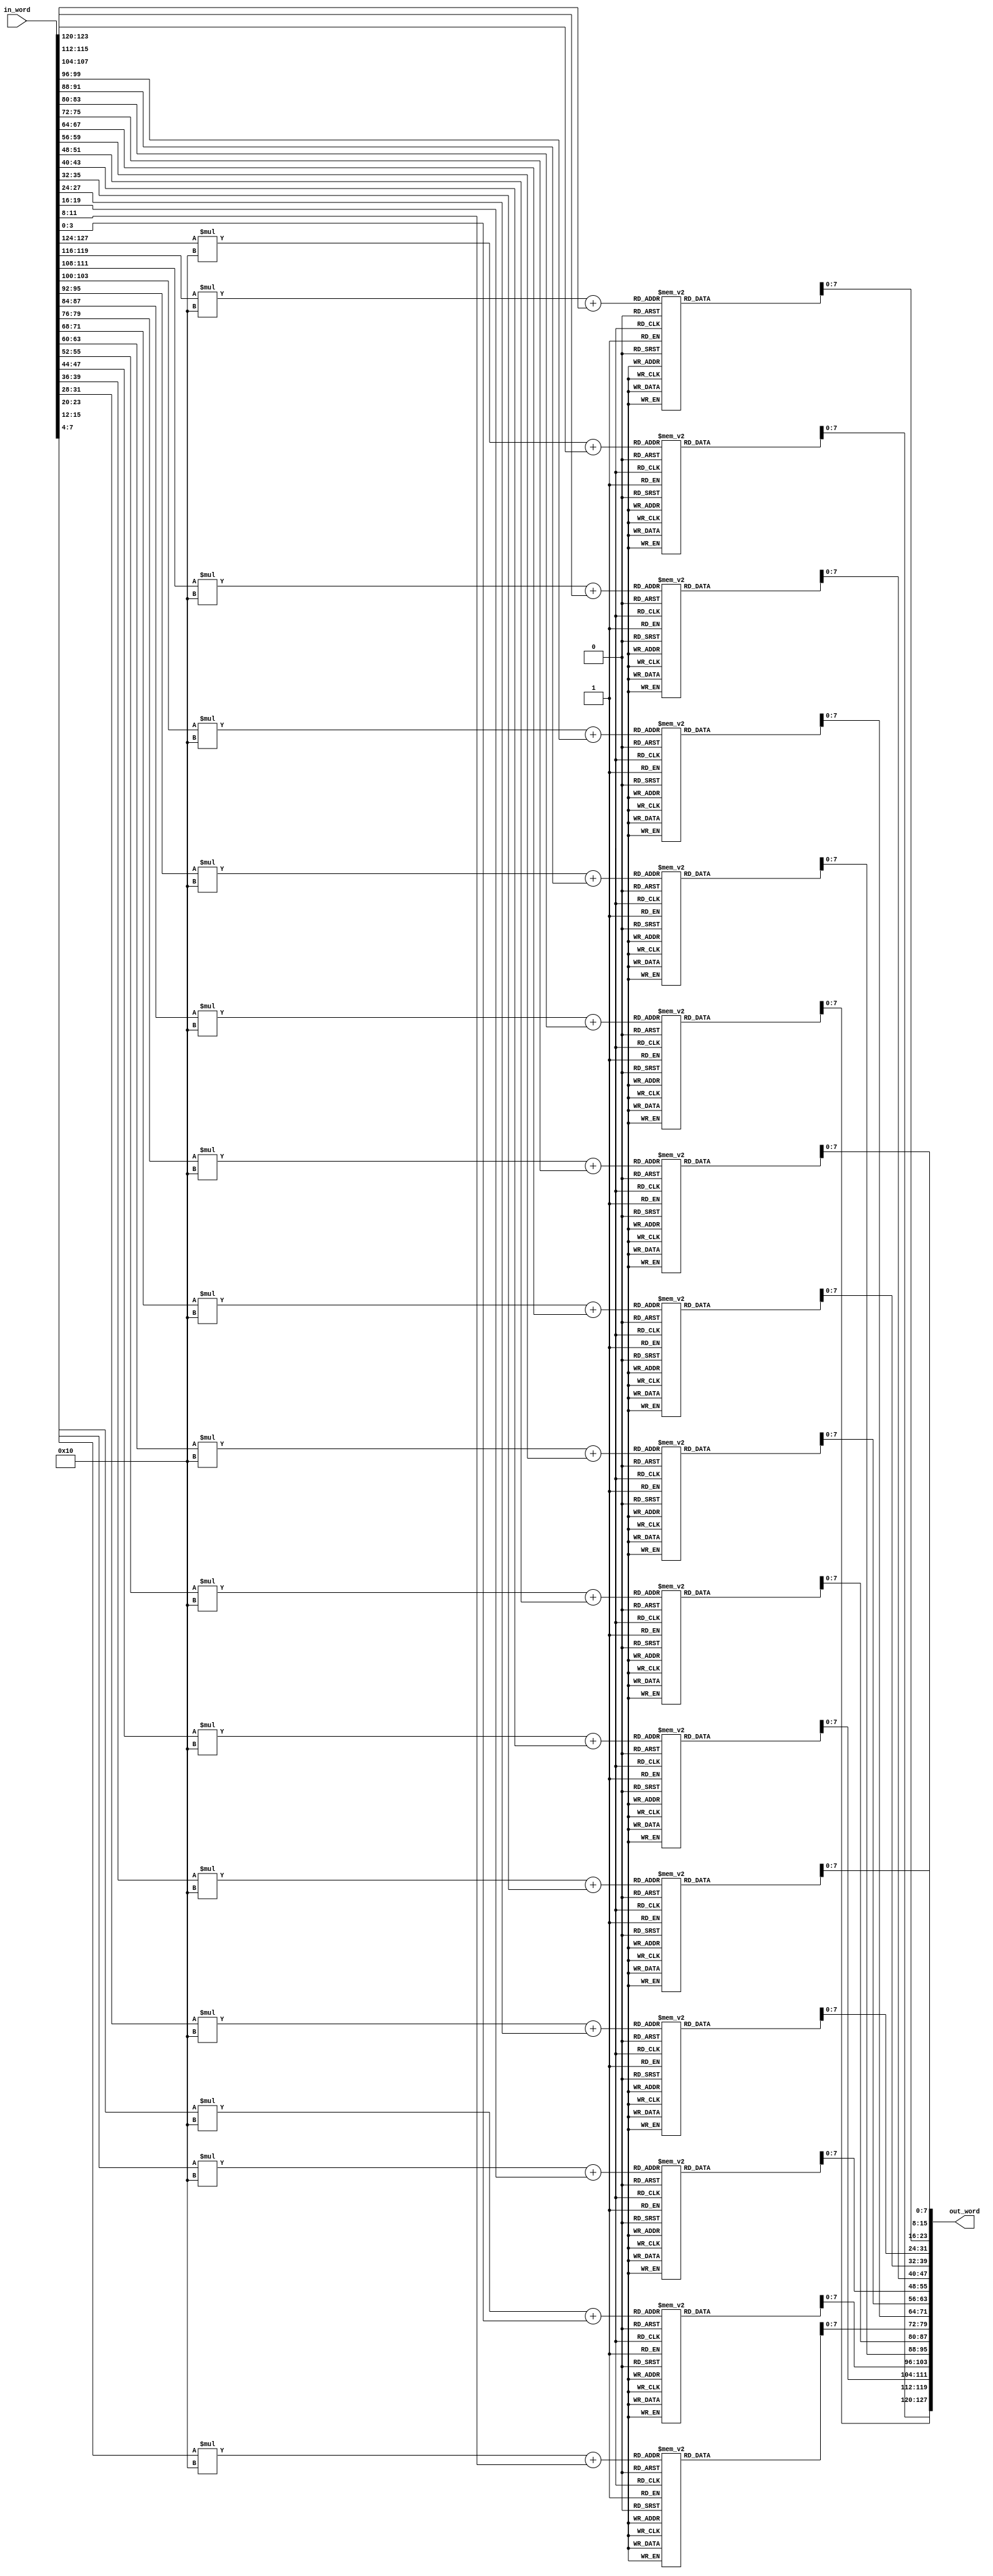
module SubBytes_plus_ShiftRows #(	parameter NK__KEY_LENGTH		  =	 8 ,
		       			parameter NR__ROUNDS		  	  =	14 ,
	       	       			parameter NB__BLOCK_LENGTH_IN_TEXT 	  =	 4	 ) 	(

					in_word	,	
					out_word
													);

//Ports Declared to be set here 
input  wire [(NB__BLOCK_LENGTH_IN_TEXT*NK__KEY_LENGTH*4)-1:0] in_word	;
output wire [(NB__BLOCK_LENGTH_IN_TEXT*NK__KEY_LENGTH*4)-1:0] out_word	;

//Internal nets declare here 

//Functionality starts here 

assign out_word = ShiftRow(SubByte(in_word)) ; 

//Functions defined here 

function automatic [(NB__BLOCK_LENGTH_IN_TEXT*NK__KEY_LENGTH*4)-1 : 0] SubByte(input reg [(NB__BLOCK_LENGTH_IN_TEXT*NK__KEY_LENGTH*4)-1 : 0] in_temp_SubByte);
begin:SubByte_blk
	reg [(NK__KEY_LENGTH*4)-1 : 0] 	word_1,word_2,word_3,word_4 ;
	reg [(NK__KEY_LENGTH*4)-1 : 0] 	sub_word_1,sub_word_2,sub_word_3,sub_word_4 ;

	word_1 = in_temp_SubByte[((NB__BLOCK_LENGTH_IN_TEXT*NK__KEY_LENGTH*4)-1    ) -: 32]; 
	word_2 = in_temp_SubByte[((NB__BLOCK_LENGTH_IN_TEXT*NK__KEY_LENGTH*4)-1 -32) -: 32]; 
	word_3 = in_temp_SubByte[((NB__BLOCK_LENGTH_IN_TEXT*NK__KEY_LENGTH*4)-1 -64) -: 32]; 
	word_4 = in_temp_SubByte[((NB__BLOCK_LENGTH_IN_TEXT*NK__KEY_LENGTH*4)-1 -96) -: 32]; 
	
	sub_word_1  =  SubWord(word_1);
	sub_word_2  =  SubWord(word_2);
	sub_word_3  =  SubWord(word_3);
	sub_word_4  =  SubWord(word_4);
	
	SubByte  =  {sub_word_1,sub_word_2,sub_word_3,sub_word_4};
		
end:SubByte_blk
endfunction

//            127..    95..     63..     31..
//SBox  -->   63cab704 0953d051 cd60e0e7 ba70e18c
//ShRow -->   6353e08c 0960e104 cd70b751 bacad0e7
//MxCol -->   5f726415 57f5bc92 f7be3b29 1db9f91a


function automatic [(NB__BLOCK_LENGTH_IN_TEXT*NK__KEY_LENGTH*4)-1 : 0] ShiftRow (input reg [(NB__BLOCK_LENGTH_IN_TEXT*NK__KEY_LENGTH*4)-1 : 0] in_temp_ShiftRow);
begin
	ShiftRow = {	
			in_temp_ShiftRow[127:120]	,
			in_temp_ShiftRow[87:80] 	,
			in_temp_ShiftRow[47:40]		,
			in_temp_ShiftRow[7:0]		,		
			in_temp_ShiftRow[95:88]		,
			in_temp_ShiftRow[55:48]		,
			in_temp_ShiftRow[15:8]		,
			in_temp_ShiftRow[103:96]	,		
			in_temp_ShiftRow[63:56]		,
			in_temp_ShiftRow[23:16]		,
			in_temp_ShiftRow[111:104]	,
			in_temp_ShiftRow[71:64]		,		
			in_temp_ShiftRow[31:24]		,
			in_temp_ShiftRow[119:112]	,
			in_temp_ShiftRow[79:72]		,
			in_temp_ShiftRow[39:32]				
								};

end
endfunction


function automatic [(NK__KEY_LENGTH*4)-1 : 0] SubWord(input reg [(NK__KEY_LENGTH*4)-1 : 0] in_temp_SubWord);
begin:SubWord_blk
	reg [7:0] s_boxed_value_first_byte,s_boxed_value_second_byte,s_boxed_value_third_byte,s_boxed_value_fourth_byte ;	
	reg [15:0] i , j ;
	reg [(NK__KEY_LENGTH*4)-1 : 0 ] s_box_lut [(NB__BLOCK_LENGTH_IN_TEXT*4)-1 : 0][(NB__BLOCK_LENGTH_IN_TEXT*4)-1 : 0];
																				
	s_box_lut   [0][0]   =  8'h63 ;	
	s_box_lut   [0][1]   =  8'h7c ; 	
	s_box_lut   [0][2]   =  8'h77 ; 	
	s_box_lut   [0][3]   =  8'h7b ; 	
	s_box_lut   [0][4]   =  8'hf2 ; 	
	s_box_lut   [0][5]   =  8'h6b ; 	
	s_box_lut   [0][6]   =  8'h6f ; 	
	s_box_lut   [0][7]   =  8'hc5 ; 	
	s_box_lut   [0][8]   =  8'h30 ; 	
	s_box_lut   [0][9]   =  8'h01 ; 	
	s_box_lut   [0][10]  =  8'h67 ; 	
	s_box_lut   [0][11]  =  8'h2b ; 	
	s_box_lut   [0][12]  =  8'hfe ; 	
	s_box_lut   [0][13]  =  8'hd7 ; 	
	s_box_lut   [0][14]  =  8'hab ; 	
	s_box_lut   [0][15]  =  8'h76 ; 	
	s_box_lut   [1][0]   =  8'hca ;	
	s_box_lut   [1][1]   =  8'h82 ; 	
	s_box_lut   [1][2]   =  8'hc9 ; 	
	s_box_lut   [1][3]   =  8'h7d ; 	
	s_box_lut   [1][4]   =  8'hfa ; 	
	s_box_lut   [1][5]   =  8'h59 ; 	
	s_box_lut   [1][6]   =  8'h47 ; 	
	s_box_lut   [1][7]   =  8'hf0 ; 	
	s_box_lut   [1][8]   =  8'had ; 	
	s_box_lut   [1][9]   =  8'hd4 ; 	
	s_box_lut   [1][10]  =  8'ha2 ; 	
	s_box_lut   [1][11]  =  8'haf ; 	
	s_box_lut   [1][12]  =  8'h9c ; 	
	s_box_lut   [1][13]  =  8'ha4 ; 	
	s_box_lut   [1][14]  =  8'h72 ; 	
	s_box_lut   [1][15]  =  8'hc0 ; 	
	s_box_lut   [2][0]   =  8'hb7 ;	
	s_box_lut   [2][1]   =  8'hfd ; 	
	s_box_lut   [2][2]   =  8'h93 ; 	
	s_box_lut   [2][3]   =  8'h26 ; 	
	s_box_lut   [2][4]   =  8'h36 ; 	
	s_box_lut   [2][5]   =  8'h3f ; 	
	s_box_lut   [2][6]   =  8'hf7 ; 	
	s_box_lut   [2][7]   =  8'hcc ; 	
	s_box_lut   [2][8]   =  8'h34 ; 	
	s_box_lut   [2][9]   =  8'ha5 ; 	
	s_box_lut   [2][10]  =  8'he5 ; 	
	s_box_lut   [2][11]  =  8'hf1 ; 	
	s_box_lut   [2][12]  =  8'h71 ; 	
	s_box_lut   [2][13]  =  8'hd8 ; 	
	s_box_lut   [2][14]  =  8'h31 ; 	
	s_box_lut   [2][15]  =  8'h15 ; 	
	s_box_lut   [3][0]   =  8'h04 ;	
	s_box_lut   [3][1]   =  8'hc7 ; 	
	s_box_lut   [3][2]   =  8'h23 ; 	
	s_box_lut   [3][3]   =  8'hc3 ; 	
	s_box_lut   [3][4]   =  8'h18 ; 	
	s_box_lut   [3][5]   =  8'h96 ; 	
	s_box_lut   [3][6]   =  8'h05 ; 	
	s_box_lut   [3][7]   =  8'h9a ; 	
	s_box_lut   [3][8]   =  8'h07 ; 	
	s_box_lut   [3][9]   =  8'h12 ; 	
	s_box_lut   [3][10]  =  8'h80 ; 	
	s_box_lut   [3][11]  =  8'he2 ; 	
	s_box_lut   [3][12]  =  8'heb ; 	
	s_box_lut   [3][13]  =  8'h27 ; 	
	s_box_lut   [3][14]  =  8'hb2 ; 	
	s_box_lut   [3][15]  =  8'h75 ; 	
	s_box_lut   [4][0]   =  8'h09 ;	
	s_box_lut   [4][1]   =  8'h83 ; 	
	s_box_lut   [4][2]   =  8'h2c ; 	
	s_box_lut   [4][3]   =  8'h1a ; 	
	s_box_lut   [4][4]   =  8'h1b ; 	
	s_box_lut   [4][5]   =  8'h6e ; 	
	s_box_lut   [4][6]   =  8'h5a ; 	
	s_box_lut   [4][7]   =  8'ha0 ; 	
	s_box_lut   [4][8]   =  8'h52 ; 	
	s_box_lut   [4][9]   =  8'h3b ; 	
	s_box_lut   [4][10]  =  8'hd6 ; 	
	s_box_lut   [4][11]  =  8'hb3 ; 	
	s_box_lut   [4][12]  =  8'h29 ; 	
	s_box_lut   [4][13]  =  8'he3 ; 	
	s_box_lut   [4][14]  =  8'h2f ; 	
	s_box_lut   [4][15]  =  8'h84 ; 	
	s_box_lut   [5][0]   =  8'h53 ;	
	s_box_lut   [5][1]   =  8'hd1 ;	
	s_box_lut   [5][2]   =  8'h00 ; 	
	s_box_lut   [5][3]   =  8'hed ; 	
	s_box_lut   [5][4]   =  8'h20 ; 	
	s_box_lut   [5][5]   =  8'hfc ; 	
	s_box_lut   [5][6]   =  8'hb1 ; 	
	s_box_lut   [5][7]   =  8'h5b ; 	
	s_box_lut   [5][8]   =  8'h6a ; 	
	s_box_lut   [5][9]   =  8'hcb ; 	
	s_box_lut   [5][10]  =  8'hbe ; 	
	s_box_lut   [5][11]  =  8'h39 ; 	
	s_box_lut   [5][12]  =  8'h4a ; 	
	s_box_lut   [5][13]  =  8'h4c ; 	
	s_box_lut   [5][14]  =  8'h58 ; 	
	s_box_lut   [5][15]  =  8'hcf ; 	
	s_box_lut   [6][0]   =  8'hd0 ;	
	s_box_lut   [6][1]   =  8'hef ; 	
	s_box_lut   [6][2]   =  8'haa ; 	
	s_box_lut   [6][3]   =  8'hfb ; 	
	s_box_lut   [6][4]   =  8'h43 ; 	
	s_box_lut   [6][5]   =  8'h4d ; 	
	s_box_lut   [6][6]   =  8'h33 ; 	
	s_box_lut   [6][7]   =  8'h85 ; 	
	s_box_lut   [6][8]   =  8'h45 ; 	
	s_box_lut   [6][9]   =  8'hf9 ; 	
	s_box_lut   [6][10]  =  8'h02 ; 	
	s_box_lut   [6][11]  =  8'h7f ; 	
	s_box_lut   [6][12]  =  8'h50 ; 	
	s_box_lut   [6][13]  =  8'h3c ; 	
	s_box_lut   [6][14]  =  8'h9f ; 	
	s_box_lut   [6][15]  =  8'ha8 ; 	
	s_box_lut   [7][0]   =  8'h51 ;	
	s_box_lut   [7][1]   =  8'ha3 ; 	
	s_box_lut   [7][2]   =  8'h40 ; 	
	s_box_lut   [7][3]   =  8'h8f ; 	
	s_box_lut   [7][4]   =  8'h92 ; 	
	s_box_lut   [7][5]   =  8'h9d ; 	
	s_box_lut   [7][6]   =  8'h38 ; 	
	s_box_lut   [7][7]   =  8'hf5 ; 	
	s_box_lut   [7][8]   =  8'hbc ; 	
	s_box_lut   [7][9]   =  8'hb6 ; 	
	s_box_lut   [7][10]  =  8'hda ; 	
	s_box_lut   [7][11]  =  8'h21 ; 	
	s_box_lut   [7][12]  =  8'h10 ; 	
	s_box_lut   [7][13]  =  8'hff ; 	
	s_box_lut   [7][14]  =  8'hf3 ; 	
	s_box_lut   [7][15]  =  8'hd2 ; 	
	s_box_lut   [8][0]   =  8'hcd ;	
	s_box_lut   [8][1]   =  8'h0c ; 	
	s_box_lut   [8][2]   =  8'h13 ; 	
	s_box_lut   [8][3]   =  8'hec ; 	
	s_box_lut   [8][4]   =  8'h5f ; 	
	s_box_lut   [8][5]   =  8'h97 ; 	
	s_box_lut   [8][6]   =  8'h44 ; 	
	s_box_lut   [8][7]   =  8'h17 ; 	
	s_box_lut   [8][8]   =  8'hc4 ; 	
	s_box_lut   [8][9]   =  8'ha7 ; 	
	s_box_lut   [8][10]  =  8'h7e ; 	
	s_box_lut   [8][11]  =  8'h3d ; 	
	s_box_lut   [8][12]  =  8'h64 ; 	
	s_box_lut   [8][13]  =  8'h5d ; 	
	s_box_lut   [8][14]  =  8'h19 ; 	
	s_box_lut   [8][15]  =  8'h73 ; 	
	s_box_lut   [9][0]   =  8'h60 ;	
	s_box_lut   [9][1]   =  8'h81 ; 	
	s_box_lut   [9][2]   =  8'h4f ; 	
	s_box_lut   [9][3]   =  8'hdc ; 	
	s_box_lut   [9][4]   =  8'h22 ; 	
	s_box_lut   [9][5]   =  8'h2a ; 	
	s_box_lut   [9][6]   =  8'h90 ; 	
	s_box_lut   [9][7]   =  8'h88 ; 	
	s_box_lut   [9][8]   =  8'h46 ; 	
	s_box_lut   [9][9]   =  8'hee ; 	
	s_box_lut   [9][10]  =  8'hb8 ; 	
	s_box_lut   [9][11]  =  8'h14 ; 	
	s_box_lut   [9][12]  =  8'hde ; 	
	s_box_lut   [9][13]  =  8'h5e ; 	
	s_box_lut   [9][14]  =  8'h0b ; 	
	s_box_lut   [9][15]  =  8'hdb ; 	
	s_box_lut   [10][0]  =  8'he0 ;	
	s_box_lut   [10][1]  =  8'h32 ; 	
	s_box_lut   [10][2]  =  8'h3a ; 	
	s_box_lut   [10][3]  =  8'h0a ; 	
	s_box_lut   [10][4]  =  8'h49 ; 	
	s_box_lut   [10][5]  =  8'h06 ; 	
	s_box_lut   [10][6]  =  8'h24 ; 	
	s_box_lut   [10][7]  =  8'h5c ; 	
	s_box_lut   [10][8]  =  8'hc2 ; 	
	s_box_lut   [10][9]  =  8'hd3 ; 	
	s_box_lut   [10][10] =  8'hac ; 	
	s_box_lut   [10][11] =  8'h62 ; 	
	s_box_lut   [10][12] =  8'h91 ; 	
	s_box_lut   [10][13] =  8'h95 ; 	
	s_box_lut   [10][14] =  8'he4 ; 	
	s_box_lut   [10][15] =  8'h79 ; 	
	s_box_lut   [11][0]  =  8'he7 ;	
	s_box_lut   [11][1]  =  8'hc8 ; 	
	s_box_lut   [11][2]  =  8'h37 ; 	
	s_box_lut   [11][3]  =  8'h6d ; 	
	s_box_lut   [11][4]  =  8'h8d ; 	
	s_box_lut   [11][5]  =  8'hd5 ; 	
	s_box_lut   [11][6]  =  8'h4e ; 	
	s_box_lut   [11][7]  =  8'ha9 ; 	
	s_box_lut   [11][8]  =  8'h6c ; 	
	s_box_lut   [11][9]  =  8'h56 ; 	
	s_box_lut   [11][10] =  8'hf4 ; 	
	s_box_lut   [11][11] =  8'hea ; 	
	s_box_lut   [11][12] =  8'h65 ; 	
	s_box_lut   [11][13] =  8'h7a ; 	
	s_box_lut   [11][14] =  8'hae ; 	
	s_box_lut   [11][15] =  8'h08 ; 	
	s_box_lut   [12][0]  =  8'hba ;	
	s_box_lut   [12][1]  =  8'h78 ; 	
	s_box_lut   [12][2]  =  8'h25 ; 	
	s_box_lut   [12][3]  =  8'h2e ; 	
	s_box_lut   [12][4]  =  8'h1c ; 	
	s_box_lut   [12][5]  =  8'ha6 ; 	
	s_box_lut   [12][6]  =  8'hb4 ; 	
	s_box_lut   [12][7]  =  8'hc6 ; 	
	s_box_lut   [12][8]  =  8'he8 ; 	
	s_box_lut   [12][9]  =  8'hdd ; 	
	s_box_lut   [12][10] =  8'h74 ; 	
	s_box_lut   [12][11] =  8'h1f ; 	
	s_box_lut   [12][12] =  8'h4b ; 	
	s_box_lut   [12][13] =  8'hbd ; 	
	s_box_lut   [12][14] =  8'h8b ; 	
	s_box_lut   [12][15] =  8'h8a ; 	
	s_box_lut   [13][0]  =  8'h70 ;	
	s_box_lut   [13][1]  =  8'h3e ; 	
	s_box_lut   [13][2]  =  8'hb5 ; 	
	s_box_lut   [13][3]  =  8'h66 ; 	
	s_box_lut   [13][4]  =  8'h48 ; 	
	s_box_lut   [13][5]  =  8'h03 ; 	
	s_box_lut   [13][6]  =  8'hf6 ; 	
	s_box_lut   [13][7]  =  8'h0e ; 	
	s_box_lut   [13][8]  =  8'h61 ; 	
	s_box_lut   [13][9]  =  8'h35 ; 	
	s_box_lut   [13][10] =  8'h57 ; 	
	s_box_lut   [13][11] =  8'hb9 ; 	
	s_box_lut   [13][12] =  8'h86 ; 	
	s_box_lut   [13][13] =  8'hc1 ; 	
	s_box_lut   [13][14] =  8'h1d ; 	
	s_box_lut   [13][15] =  8'h9e ; 	
	s_box_lut   [14][0]  =  8'he1 ;	
	s_box_lut   [14][1]  =  8'hf8 ; 	
	s_box_lut   [14][2]  =  8'h98 ; 	
	s_box_lut   [14][3]  =  8'h11 ; 	
	s_box_lut   [14][4]  =  8'h69 ; 	
	s_box_lut   [14][5]  =  8'hd9 ; 	
	s_box_lut   [14][6]  =  8'h8e ; 	
	s_box_lut   [14][7]  =  8'h94 ; 	
	s_box_lut   [14][8]  =  8'h9b ; 	
	s_box_lut   [14][9]  =  8'h1e ; 	
	s_box_lut   [14][10] =  8'h87 ; 	
	s_box_lut   [14][11] =  8'he9 ; 	
	s_box_lut   [14][12] =  8'hce ; 	
	s_box_lut   [14][13] =  8'h55 ; 	
	s_box_lut   [14][14] =  8'h28 ; 	
	s_box_lut   [14][15] =  8'hdf ; 	
	s_box_lut   [15][0]  =  8'h8c ;	
	s_box_lut   [15][1]  =  8'ha1 ; 	
	s_box_lut   [15][2]  =  8'h89 ; 	
	s_box_lut   [15][3]  =  8'h0d ; 	
	s_box_lut   [15][4]  =  8'hbf ; 	
	s_box_lut   [15][5]  =  8'he6 ; 	
	s_box_lut   [15][6]  =  8'h42 ; 	
	s_box_lut   [15][7]  =  8'h68 ; 	
	s_box_lut   [15][8]  =  8'h41 ; 	
	s_box_lut   [15][9]  =  8'h99 ; 	
	s_box_lut   [15][10] =  8'h2d ; 	
	s_box_lut   [15][11] =  8'h0f ; 	
	s_box_lut   [15][12] =  8'hb0 ; 	
	s_box_lut   [15][13] =  8'h54 ; 	
	s_box_lut   [15][14] =  8'hbb ; 	
	s_box_lut   [15][15] =  8'h16 ; 	

	s_boxed_value_first_byte  = s_box_lut[(in_temp_SubWord[31:28])] [(in_temp_SubWord[27:24])] ;
	s_boxed_value_second_byte = s_box_lut[(in_temp_SubWord[23:20])] [(in_temp_SubWord[19:16])] ;
	s_boxed_value_third_byte  = s_box_lut[(in_temp_SubWord[15:12])] [(in_temp_SubWord[11:8])]  ;
	s_boxed_value_fourth_byte = s_box_lut[(in_temp_SubWord[7:4])]   [(in_temp_SubWord[3:0])]   ;
										
	SubWord = {s_boxed_value_first_byte,s_boxed_value_second_byte,s_boxed_value_third_byte,s_boxed_value_fourth_byte};

end:SubWord_blk
endfunction


//Following function not used but defined 

function automatic [(NK__KEY_LENGTH)-1 : 0 ] s_box_lut (	input reg [(NB__BLOCK_LENGTH_IN_TEXT*4)-1 : 0] in_row_number	,
								input reg [(NB__BLOCK_LENGTH_IN_TEXT*4)-1 : 0] in_column_number		);
begin:s_box_lut_blk
	reg [(NK__KEY_LENGTH*4)-1 : 0 ] s_box_lut_r [(NB__BLOCK_LENGTH_IN_TEXT*4)-1 : 0][(NB__BLOCK_LENGTH_IN_TEXT*4)-1 : 0];
																				
	s_box_lut_r   [0][0]   =  8'h63 ;	
	s_box_lut_r   [0][1]   =  8'h7c ; 	
	s_box_lut_r   [0][2]   =  8'h77 ; 	
	s_box_lut_r   [0][3]   =  8'h7b ; 	
	s_box_lut_r   [0][4]   =  8'hf2 ; 	
	s_box_lut_r   [0][5]   =  8'h6b ; 	
	s_box_lut_r   [0][6]   =  8'h6f ; 	
	s_box_lut_r   [0][7]   =  8'hc5 ; 	
	s_box_lut_r   [0][8]   =  8'h30 ; 	
	s_box_lut_r   [0][9]   =  8'h01 ; 	
	s_box_lut_r   [0][10]  =  8'h67 ; 	
	s_box_lut_r   [0][11]  =  8'h2b ; 	
	s_box_lut_r   [0][12]  =  8'hfe ; 	
	s_box_lut_r   [0][13]  =  8'hd7 ; 	
	s_box_lut_r   [0][14]  =  8'hab ; 	
	s_box_lut_r   [0][15]  =  8'h76 ; 	
	s_box_lut_r   [1][0]   =  8'hca ;	
	s_box_lut_r   [1][1]   =  8'h82 ; 	
	s_box_lut_r   [1][2]   =  8'hc9 ; 	
	s_box_lut_r   [1][3]   =  8'h7d ; 	
	s_box_lut_r   [1][4]   =  8'hfa ; 	
	s_box_lut_r   [1][5]   =  8'h59 ; 	
	s_box_lut_r   [1][6]   =  8'h47 ; 	
	s_box_lut_r   [1][7]   =  8'hf0 ; 	
	s_box_lut_r   [1][8]   =  8'had ; 	
	s_box_lut_r   [1][9]   =  8'hd4 ; 	
	s_box_lut_r   [1][10]  =  8'ha2 ; 	
	s_box_lut_r   [1][11]  =  8'haf ; 	
	s_box_lut_r   [1][12]  =  8'h9c ; 	
	s_box_lut_r   [1][13]  =  8'ha4 ; 	
	s_box_lut_r   [1][14]  =  8'h72 ; 	
	s_box_lut_r   [1][15]  =  8'hc0 ; 	
	s_box_lut_r   [2][0]   =  8'hb7 ;	
	s_box_lut_r   [2][1]   =  8'hfd ; 	
	s_box_lut_r   [2][2]   =  8'h93 ; 	
	s_box_lut_r   [2][3]   =  8'h26 ; 	
	s_box_lut_r   [2][4]   =  8'h36 ; 	
	s_box_lut_r   [2][5]   =  8'h3f ; 	
	s_box_lut_r   [2][6]   =  8'hf7 ; 	
	s_box_lut_r   [2][7]   =  8'hcc ; 	
	s_box_lut_r   [2][8]   =  8'h34 ; 	
	s_box_lut_r   [2][9]   =  8'ha5 ; 	
	s_box_lut_r   [2][10]  =  8'he5 ; 	
	s_box_lut_r   [2][11]  =  8'hf1 ; 	
	s_box_lut_r   [2][12]  =  8'h71 ; 	
	s_box_lut_r   [2][13]  =  8'hd8 ; 	
	s_box_lut_r   [2][14]  =  8'h31 ; 	
	s_box_lut_r   [2][15]  =  8'h15 ; 	
	s_box_lut_r   [3][0]   =  8'h04 ;	
	s_box_lut_r   [3][1]   =  8'hc7 ; 	
	s_box_lut_r   [3][2]   =  8'h23 ; 	
	s_box_lut_r   [3][3]   =  8'hc3 ; 	
	s_box_lut_r   [3][4]   =  8'h18 ; 	
	s_box_lut_r   [3][5]   =  8'h96 ; 	
	s_box_lut_r   [3][6]   =  8'h05 ; 	
	s_box_lut_r   [3][7]   =  8'h9a ; 	
	s_box_lut_r   [3][8]   =  8'h07 ; 	
	s_box_lut_r   [3][9]   =  8'h12 ; 	
	s_box_lut_r   [3][10]  =  8'h80 ; 	
	s_box_lut_r   [3][11]  =  8'he2 ; 	
	s_box_lut_r   [3][12]  =  8'heb ; 	
	s_box_lut_r   [3][13]  =  8'h27 ; 	
	s_box_lut_r   [3][14]  =  8'hb2 ; 	
	s_box_lut_r   [3][15]  =  8'h75 ; 	
	s_box_lut_r   [4][0]   =  8'h09 ;	
	s_box_lut_r   [4][1]   =  8'h83 ; 	
	s_box_lut_r   [4][2]   =  8'h2c ; 	
	s_box_lut_r   [4][3]   =  8'h1a ; 	
	s_box_lut_r   [4][4]   =  8'h1b ; 	
	s_box_lut_r   [4][5]   =  8'h6e ; 	
	s_box_lut_r   [4][6]   =  8'h5a ; 	
	s_box_lut_r   [4][7]   =  8'ha0 ; 	
	s_box_lut_r   [4][8]   =  8'h52 ; 	
	s_box_lut_r   [4][9]   =  8'h3b ; 	
	s_box_lut_r   [4][10]  =  8'hd6 ; 	
	s_box_lut_r   [4][11]  =  8'hb3 ; 	
	s_box_lut_r   [4][12]  =  8'h29 ; 	
	s_box_lut_r   [4][13]  =  8'he3 ; 	
	s_box_lut_r   [4][14]  =  8'h2f ; 	
	s_box_lut_r   [4][15]  =  8'h84 ; 	
	s_box_lut_r   [5][0]   =  8'h53 ;	
	s_box_lut_r   [5][1]   =  8'hd1 ;	
	s_box_lut_r   [5][2]   =  8'h00 ; 	
	s_box_lut_r   [5][3]   =  8'hed ; 	
	s_box_lut_r   [5][4]   =  8'h20 ; 	
	s_box_lut_r   [5][5]   =  8'hfc ; 	
	s_box_lut_r   [5][6]   =  8'hb1 ; 	
	s_box_lut_r   [5][7]   =  8'h5b ; 	
	s_box_lut_r   [5][8]   =  8'h6a ; 	
	s_box_lut_r   [5][9]   =  8'hcb ; 	
	s_box_lut_r   [5][10]  =  8'hbe ; 	
	s_box_lut_r   [5][11]  =  8'h39 ; 	
	s_box_lut_r   [5][12]  =  8'h4a ; 	
	s_box_lut_r   [5][13]  =  8'h4c ; 	
	s_box_lut_r   [5][14]  =  8'h58 ; 	
	s_box_lut_r   [5][15]  =  8'hcf ; 	
	s_box_lut_r   [6][0]   =  8'hd0 ;	
	s_box_lut_r   [6][1]   =  8'hef ; 	
	s_box_lut_r   [6][2]   =  8'haa ; 	
	s_box_lut_r   [6][3]   =  8'hfb ; 	
	s_box_lut_r   [6][4]   =  8'h43 ; 	
	s_box_lut_r   [6][5]   =  8'h4d ; 	
	s_box_lut_r   [6][6]   =  8'h33 ; 	
	s_box_lut_r   [6][7]   =  8'h85 ; 	
	s_box_lut_r   [6][8]   =  8'h45 ; 	
	s_box_lut_r   [6][9]   =  8'hf9 ; 	
	s_box_lut_r   [6][10]  =  8'h02 ; 	
	s_box_lut_r   [6][11]  =  8'h7f ; 	
	s_box_lut_r   [6][12]  =  8'h50 ; 	
	s_box_lut_r   [6][13]  =  8'h3c ; 	
	s_box_lut_r   [6][14]  =  8'h9f ; 	
	s_box_lut_r   [6][15]  =  8'ha8 ; 	
	s_box_lut_r   [7][0]   =  8'h51 ;	
	s_box_lut_r   [7][1]   =  8'ha3 ; 	
	s_box_lut_r   [7][2]   =  8'h40 ; 	
	s_box_lut_r   [7][3]   =  8'h8f ; 	
	s_box_lut_r   [7][4]   =  8'h92 ; 	
	s_box_lut_r   [7][5]   =  8'h9d ; 	
	s_box_lut_r   [7][6]   =  8'h38 ; 	
	s_box_lut_r   [7][7]   =  8'hf5 ; 	
	s_box_lut_r   [7][8]   =  8'hbc ; 	
	s_box_lut_r   [7][9]   =  8'hb6 ; 	
	s_box_lut_r   [7][10]  =  8'hda ; 	
	s_box_lut_r   [7][11]  =  8'h21 ; 	
	s_box_lut_r   [7][12]  =  8'h10 ; 	
	s_box_lut_r   [7][13]  =  8'hff ; 	
	s_box_lut_r   [7][14]  =  8'hf3 ; 	
	s_box_lut_r   [7][15]  =  8'hd2 ; 	
	s_box_lut_r   [8][0]   =  8'hcd ;	
	s_box_lut_r   [8][1]   =  8'h0c ; 	
	s_box_lut_r   [8][2]   =  8'h13 ; 	
	s_box_lut_r   [8][3]   =  8'hec ; 	
	s_box_lut_r   [8][4]   =  8'h5f ; 	
	s_box_lut_r   [8][5]   =  8'h97 ; 	
	s_box_lut_r   [8][6]   =  8'h44 ; 	
	s_box_lut_r   [8][7]   =  8'h17 ; 	
	s_box_lut_r   [8][8]   =  8'hc4 ; 	
	s_box_lut_r   [8][9]   =  8'ha7 ; 	
	s_box_lut_r   [8][10]  =  8'h7e ; 	
	s_box_lut_r   [8][11]  =  8'h3d ; 	
	s_box_lut_r   [8][12]  =  8'h64 ; 	
	s_box_lut_r   [8][13]  =  8'h5d ; 	
	s_box_lut_r   [8][14]  =  8'h19 ; 	
	s_box_lut_r   [8][15]  =  8'h73 ; 	
	s_box_lut_r   [9][0]   =  8'h60 ;	
	s_box_lut_r   [9][1]   =  8'h81 ; 	
	s_box_lut_r   [9][2]   =  8'h4f ; 	
	s_box_lut_r   [9][3]   =  8'hdc ; 	
	s_box_lut_r   [9][4]   =  8'h22 ; 	
	s_box_lut_r   [9][5]   =  8'h2a ; 	
	s_box_lut_r   [9][6]   =  8'h90 ; 	
	s_box_lut_r   [9][7]   =  8'h88 ; 	
	s_box_lut_r   [9][8]   =  8'h46 ; 	
	s_box_lut_r   [9][9]   =  8'hee ; 	
	s_box_lut_r   [9][10]  =  8'hb8 ; 	
	s_box_lut_r   [9][11]  =  8'h14 ; 	
	s_box_lut_r   [9][12]  =  8'hde ; 	
	s_box_lut_r   [9][13]  =  8'h5e ; 	
	s_box_lut_r   [9][14]  =  8'h0b ; 	
	s_box_lut_r   [9][15]  =  8'hdb ; 	
	s_box_lut_r   [10][0]  =  8'he0 ;	
	s_box_lut_r   [10][1]  =  8'h32 ; 	
	s_box_lut_r   [10][2]  =  8'h3a ; 	
	s_box_lut_r   [10][3]  =  8'h0a ; 	
	s_box_lut_r   [10][4]  =  8'h49 ; 	
	s_box_lut_r   [10][5]  =  8'h06 ; 	
	s_box_lut_r   [10][6]  =  8'h24 ; 	
	s_box_lut_r   [10][7]  =  8'h5c ; 	
	s_box_lut_r   [10][8]  =  8'hc2 ; 	
	s_box_lut_r   [10][9]  =  8'hd3 ; 	
	s_box_lut_r   [10][10] =  8'hac ; 	
	s_box_lut_r   [10][11] =  8'h62 ; 	
	s_box_lut_r   [10][12] =  8'h91 ; 	
	s_box_lut_r   [10][13] =  8'h95 ; 	
	s_box_lut_r   [10][14] =  8'he4 ; 	
	s_box_lut_r   [10][15] =  8'h79 ; 	
	s_box_lut_r   [11][0]  =  8'he7 ;	
	s_box_lut_r   [11][1]  =  8'hc8 ; 	
	s_box_lut_r   [11][2]  =  8'h37 ; 	
	s_box_lut_r   [11][3]  =  8'h6d ; 	
	s_box_lut_r   [11][4]  =  8'h8d ; 	
	s_box_lut_r   [11][5]  =  8'hd5 ; 	
	s_box_lut_r   [11][6]  =  8'h4e ; 	
	s_box_lut_r   [11][7]  =  8'ha9 ; 	
	s_box_lut_r   [11][8]  =  8'h6c ; 	
	s_box_lut_r   [11][9]  =  8'h56 ; 	
	s_box_lut_r   [11][10] =  8'hf4 ; 	
	s_box_lut_r   [11][11] =  8'hea ; 	
	s_box_lut_r   [11][12] =  8'h65 ; 	
	s_box_lut_r   [11][13] =  8'h7a ; 	
	s_box_lut_r   [11][14] =  8'hae ; 	
	s_box_lut_r   [11][15] =  8'h08 ; 	
	s_box_lut_r   [12][0]  =  8'hba ;	
	s_box_lut_r   [12][1]  =  8'h78 ; 	
	s_box_lut_r   [12][2]  =  8'h25 ; 	
	s_box_lut_r   [12][3]  =  8'h2e ; 	
	s_box_lut_r   [12][4]  =  8'h1c ; 	
	s_box_lut_r   [12][5]  =  8'ha6 ; 	
	s_box_lut_r   [12][6]  =  8'hb4 ; 	
	s_box_lut_r   [12][7]  =  8'hc6 ; 	
	s_box_lut_r   [12][8]  =  8'he8 ; 	
	s_box_lut_r   [12][9]  =  8'hdd ; 	
	s_box_lut_r   [12][10] =  8'h74 ; 	
	s_box_lut_r   [12][11] =  8'h1f ; 	
	s_box_lut_r   [12][12] =  8'h4b ; 	
	s_box_lut_r   [12][13] =  8'hbd ; 	
	s_box_lut_r   [12][14] =  8'h8b ; 	
	s_box_lut_r   [12][15] =  8'h8a ; 	
	s_box_lut_r   [13][0]  =  8'h70 ;	
	s_box_lut_r   [13][1]  =  8'h3e ; 	
	s_box_lut_r   [13][2]  =  8'hb5 ; 	
	s_box_lut_r   [13][3]  =  8'h66 ; 	
	s_box_lut_r   [13][4]  =  8'h48 ; 	
	s_box_lut_r   [13][5]  =  8'h03 ; 	
	s_box_lut_r   [13][6]  =  8'hf6 ; 	
	s_box_lut_r   [13][7]  =  8'h0e ; 	
	s_box_lut_r   [13][8]  =  8'h61 ; 	
	s_box_lut_r   [13][9]  =  8'h35 ; 	
	s_box_lut_r   [13][10] =  8'h57 ; 	
	s_box_lut_r   [13][11] =  8'hb9 ; 	
	s_box_lut_r   [13][12] =  8'h86 ; 	
	s_box_lut_r   [13][13] =  8'hc1 ; 	
	s_box_lut_r   [13][14] =  8'h1d ; 	
	s_box_lut_r   [13][15] =  8'h9e ; 	
	s_box_lut_r   [14][0]  =  8'he1 ;	
	s_box_lut_r   [14][1]  =  8'hf8 ; 	
	s_box_lut_r   [14][2]  =  8'h98 ; 	
	s_box_lut_r   [14][3]  =  8'h11 ; 	
	s_box_lut_r   [14][4]  =  8'h69 ; 	
	s_box_lut_r   [14][5]  =  8'hd9 ; 	
	s_box_lut_r   [14][6]  =  8'h8e ; 	
	s_box_lut_r   [14][7]  =  8'h94 ; 	
	s_box_lut_r   [14][8]  =  8'h9b ; 	
	s_box_lut_r   [14][9]  =  8'h1e ; 	
	s_box_lut_r   [14][10] =  8'h87 ; 	
	s_box_lut_r   [14][11] =  8'he9 ; 	
	s_box_lut_r   [14][12] =  8'hce ; 	
	s_box_lut_r   [14][13] =  8'h55 ; 	
	s_box_lut_r   [14][14] =  8'h28 ; 	
	s_box_lut_r   [14][15] =  8'hdf ; 	
	s_box_lut_r   [15][0]  =  8'h8c ;	
	s_box_lut_r   [15][1]  =  8'ha1 ; 	
	s_box_lut_r   [15][2]  =  8'h89 ; 	
	s_box_lut_r   [15][3]  =  8'h0d ; 	
	s_box_lut_r   [15][4]  =  8'hbf ; 	
	s_box_lut_r   [15][5]  =  8'he6 ; 	
	s_box_lut_r   [15][6]  =  8'h42 ; 	
	s_box_lut_r   [15][7]  =  8'h68 ; 	
	s_box_lut_r   [15][8]  =  8'h41 ; 	
	s_box_lut_r   [15][9]  =  8'h99 ; 	
	s_box_lut_r   [15][10] =  8'h2d ; 	
	s_box_lut_r   [15][11] =  8'h0f ; 	
	s_box_lut_r   [15][12] =  8'hb0 ; 	
	s_box_lut_r   [15][13] =  8'h54 ; 	
	s_box_lut_r   [15][14] =  8'hbb ; 	
	s_box_lut_r   [15][15] =  8'h16 ;

	s_box_lut = s_box_lut_r[in_row_number][in_column_number] ;
	
end:s_box_lut_blk
endfunction

endmodule